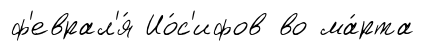
ф'еврал'я́ Ио́с'ифов во ма́рта